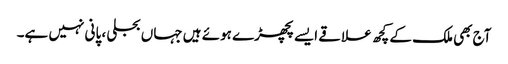
آج بھی ملک کے کچھ علاقے ایسے پچھڑے ہوئے ہیں جہاں بجلی ، پانی نہیں ہے۔